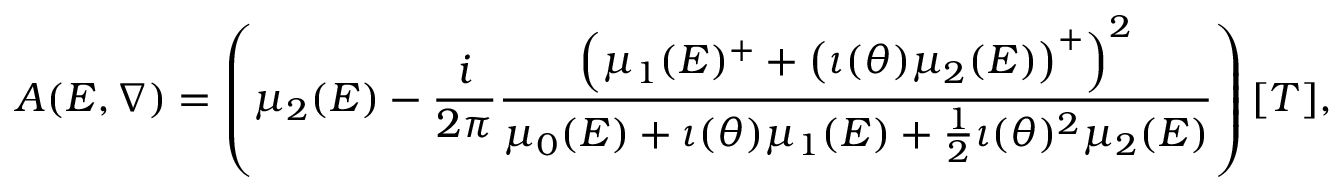
A ( E , \nabla ) = \left( \mu _ { 2 } ( E ) - \frac { i } { 2 \pi } \frac { \left( \mu _ { 1 } ( E ) ^ { + } + \left( \iota ( \theta ) \mu _ { 2 } ( E ) \right) ^ { + } \right) ^ { 2 } } { \mu _ { 0 } ( E ) + \iota ( \theta ) \mu _ { 1 } ( E ) + \frac { 1 } { 2 } \iota ( \theta ) ^ { 2 } \mu _ { 2 } ( E ) } \right) [ T ] ,